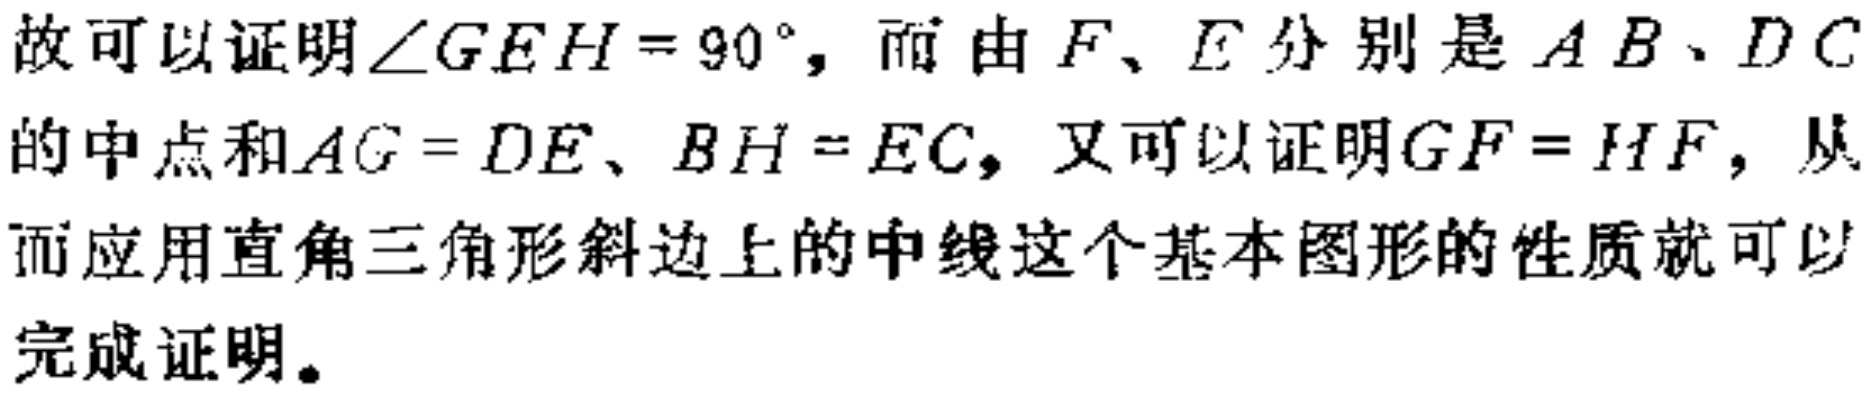
故可以证明\(\angle GEH = 90^{\circ}\)，而由\(F、E\)分别是\(AB、DC\)的中点和\(AG = DE、BH = EC\)，又可以证明\(GF = HF\)，从而应用直角三角形斜边上的中线这个基本图形的性质就可以完成证明。